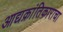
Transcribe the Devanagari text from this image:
आद्यक्रांतिकाराचा